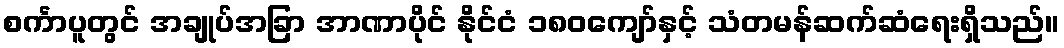
စင်္ကာပူတွင် အချုပ်အခြာ အာဏာပိုင် နိုင်ငံ ၁၈၀ကျော်နှင့် သံတမန်ဆက်ဆံရေးရှိသည်။